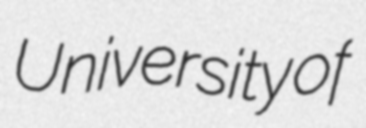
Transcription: University of